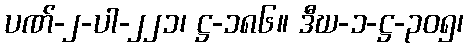
ပဏ်-၂-ပါ-၂၂၁၊ ဋ္ဌ-၁၈၆။ ဒီဃ-၁-ဋ္ဌ-၃၀၅၊